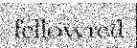
fellowred